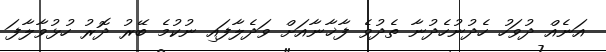
އަނެއް ދުވަހު ހެދުނުހެދުނާ ތެދުވެ ފާޚާނާއަށް ވަދެލާފައި ނުކުމެ ބޭރު ދޮރު ހުޅުވާލާފަ